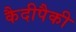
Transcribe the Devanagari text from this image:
कैदीपैकी